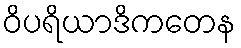
ဝိပရိယာဒိကတေန